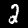
Digit: 2